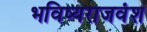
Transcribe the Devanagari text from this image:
भविष्यराजवंश